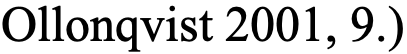
Ollonqvist 2001, 9.)